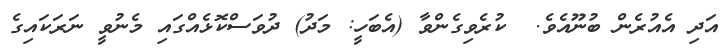
އަދި އެއުރެން ބުނޫއެވެ.  ކުރެވިގެންވާ (އެބަހީ: މަދު) ދުވަސްކޮޅެއްގައި މެނުވީ ނަރަކައިގެ